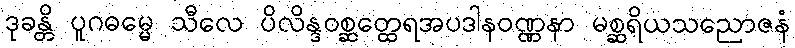
ဒုခန္တိ ပူဂဓမ္မေ သီလေ ပိလိန္ဒဝစ္ဆတ္ထေရအပဒါနဝဏ္ဏနာ မစ္ဆရိယသညောဇနံ